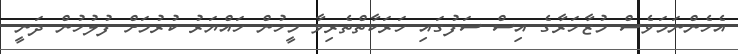
އެހެންނަމަވެސް މުޒާހަރާގެ އިސް ސަފުގައި ހަރަކާތްތެރިވާ މީހުން ހައްޔަރު ކުރުމަށް ފުލުހުން ދަނީ